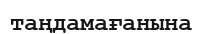
таңдамағанына